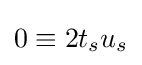
0\equiv 2t_{s}u_{s}